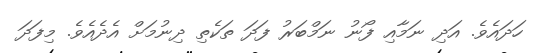
ހަދައެވެ. އަދި ނަމާއި ފޯނު ނަމްބަރު ފަދަ ތަކެތި ދިނުމަށް އެދެއެވެ. މިފަދަ